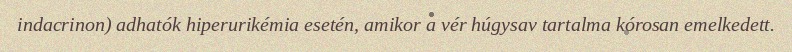
indacrinon) adhatók hiperurikémia esetén, amikor a vér húgysav tartalma kórosan emelkedett.